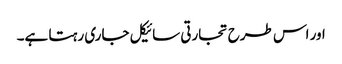
اور اس طرح تجارتی سائیکل جاری رہتا ہے۔